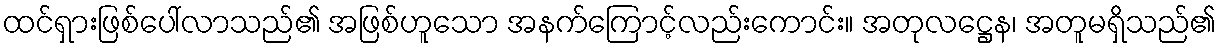
ထင်ရှားဖြစ်ပေါ်လာသည်၏ အဖြစ်ဟူသော အနက်ကြောင့်လည်းကောင်း။ အတုလဋ္ဌေန၊ အတူမရှိသည်၏